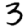
Digit: 3